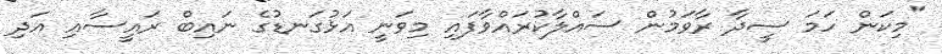
"މިކަން ހަމަ ސީދާ ރާވަމުން ސައްލާކުރައްވާފައި މިވަނީ އަޅުގަނޑުގެ ނައިބް ރައީސާއި އަދި